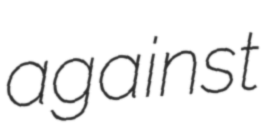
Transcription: against